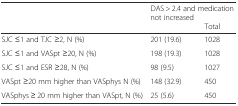
<table><thead><tr><td rowspan="2"></td><td colspan="2"><b>DAS &gt; 2.4 and medication not increased</b></td></tr><tr><td></td><td><b>Total</b></td></tr></thead><tbody><tr><td>SJC ≤1 and TJC ≥2, N (%)</td><td>201 (19.6)</td><td>1028</td></tr><tr><td>SJC ≤1 and VASpt ≥20, N (%)</td><td>198 (19.3)</td><td>1028</td></tr><tr><td>SJC ≤1 and ESR ≥28, N (%)</td><td>98 (9.5)</td><td>1027</td></tr><tr><td>VASpt ≥20 mm higher than VASphys N (%)</td><td>148 (32.9)</td><td>450</td></tr><tr><td>VASphys ≥ 20 mm higher than VASpt, N (%)</td><td>25 (5.6)</td><td>450</td></tr></tbody></table>